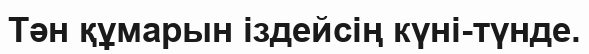
Тән құмарын іздейсің күні-түнде.